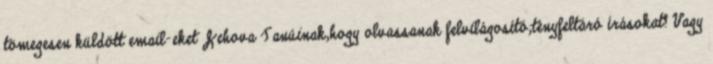
tömegesen küldött email-eket Jehova Tanúinak,hogy olvassanak felvilágosító,tényfeltáró írásokat? Vagy